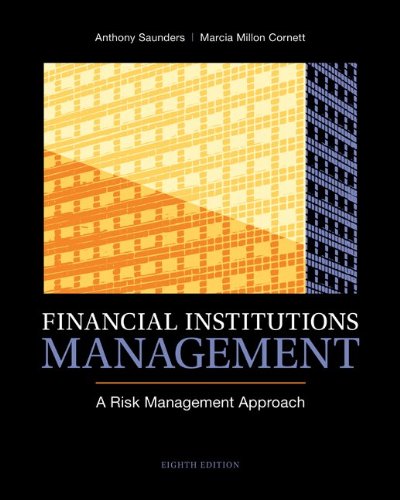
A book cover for Financial Institutions Management: A Risk Management Approach, 8th Edition; Anthony Saunders; Business & Money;